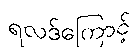
ရလဒ်ကြောင့်